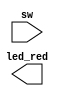
// Copyright (C) 2017  Intel Corporation. All rights reserved.
// Your use of Intel Corporation's design tools, logic functions 
// and other software and tools, and its AMPP partner logic 
// functions, and any output files from any of the foregoing 
// (including device programming or simulation files), and any 
// associated documentation or information are expressly subject 
// to the terms and conditions of the Intel Program License 
// Subscription Agreement, the Intel Quartus Prime License Agreement,
// the Intel FPGA IP License Agreement, or other applicable license
// agreement, including, without limitation, that your use is for
// the sole purpose of programming logic devices manufactured by
// Intel and sold by Intel or its authorized distributors.  Please
// refer to the applicable agreement for further details.

module ex1
(
// {ALTERA_ARGS_BEGIN} DO NOT REMOVE THIS LINE!

	led_red,
	sw
// {ALTERA_ARGS_END} DO NOT REMOVE THIS LINE!

);

// {ALTERA_IO_BEGIN} DO NOT REMOVE THIS LINE!
output	[3:0]	led_red;
input	[1:0]	sw;

// {ALTERA_IO_END} DO NOT REMOVE THIS LINE!
// {ALTERA_MODULE_BEGIN} DO NOT REMOVE THIS LINE!
// {ALTERA_MODULE_END} DO NOT REMOVE THIS LINE!
endmodule